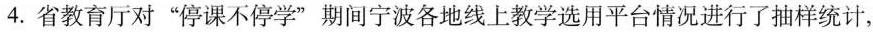
4.省教育厅对”停课不停学”期间宁波各地线上教学选用平台情况进行了抽样统计，